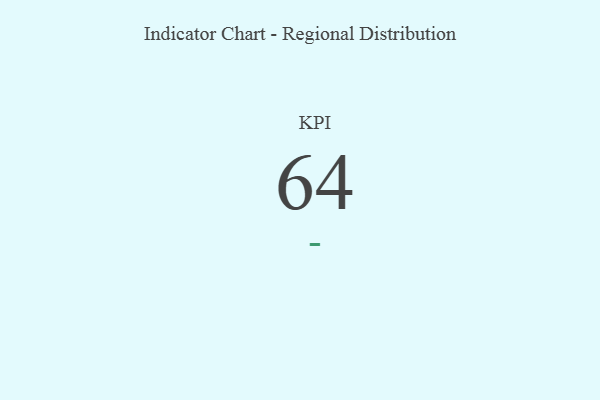
{"axis": {"x": "KPI", "y": "Value"}, "legend": [""], "data": [{"x": "KPI", "y": 64, "type": ""}]}